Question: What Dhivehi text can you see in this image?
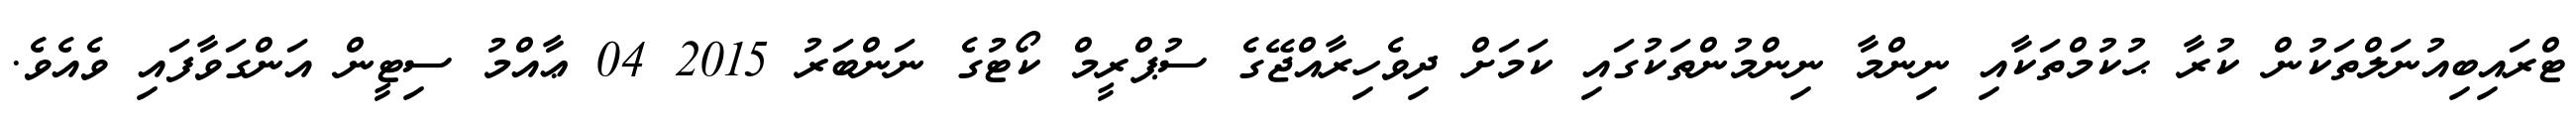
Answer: ޓްރައިބިއުނަލްތަކުން ކުރާ ޙުކުމްތަކާއި ނިންމާ ނިންމުންތަކުގައި ކަމަށް ދިވެހިރާއްޖޭގެ ސުޕްރީމް ކޯޓުގެ ނަންބަރު 2015 04 ޢާއްމު ސިޓީން އަންގަވާފައި ވެއެވެ.